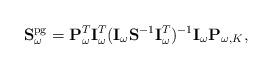
LaTeX: \begin{align*}\mathbf{S}_{\omega}^\mathrm{pg} = \mathbf{P}_\omega^T \mathbf{I}_{\omega}^T (\mathbf{I}_{\omega} \mathbf{S}^{-1} \mathbf{I}_{\omega}^T)^{-1}\mathbf{I}_\omega \mathbf{P}_{\omega,K}, \end{align*}